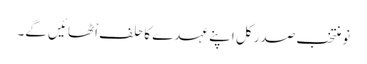
نو منتخب صدر کل اپنے عہدے کا حلف اْٹھائیں گے۔